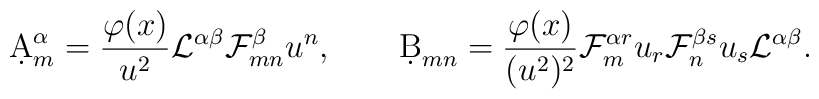
\d A^\alpha_m={{\varphi(x)}\over{u^2}}{\cal L}^{\alpha\beta}{\cal F}^\beta_{mn}u^n,\qquad\d B_{mn}={{\varphi(x)}\over{(u^2)^2}}{\cal F}^{\alpha r}_{m}u_r{\cal F}^{\beta s}_nu_s{\cal L}^{\alpha\beta}.